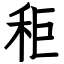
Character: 秬